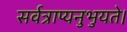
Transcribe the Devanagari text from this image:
सर्वत्राप्यनुभुयते।